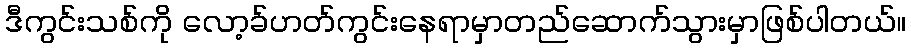
ဒီကွင်းသစ်ကို လော့ခ်ဟတ်ကွင်းနေရာမှာတည်ဆောက်သွားမှာဖြစ်ပါတယ်။